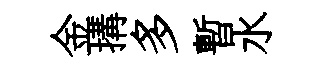
金搆多暫水